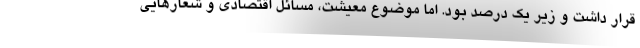
قرار داشت و زیر یک درصد بود. اما موضوع معیشت، مسائل اقتصادی و شعارهایی